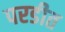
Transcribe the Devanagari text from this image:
परडीत